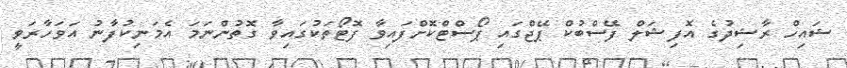
ޝައިހް ރާޝިދުގެ އޮފިޝަލް ފޭސްބުކް ޕޭޖްގައި ޕޯސްޓްކޮށްފައިވާ ފޮޓޯތަކުގައިވާ ގޮތުންނަަމަ އެމަނިކުފާނު އަވަހާރަވީ